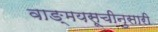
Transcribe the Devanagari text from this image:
वाङ्मयसूचीनुसारी